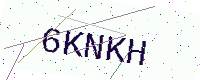
Text: 6KNKH